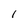
Character: I